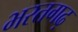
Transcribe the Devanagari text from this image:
भरतगढ़